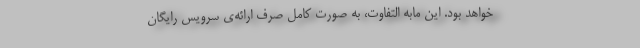
خواهد بود. این مابه التفاوت، به صورت کامل صرف ارائه‌ی سرویس رایگان